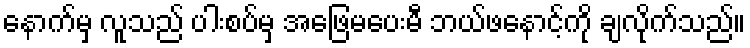
နောက်မှ လူသည် ပါးစပ်မှ အဖြေမပေးမီ ဘယ်ဖနောင့်ကို ချလိုက်သည်။